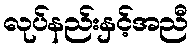
လုပ်နည်းနှင့်အညီ